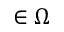
\mathbf \xi \in \Omega